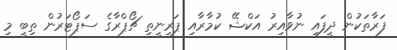
ފަރާތަކުން ދީފައި ނުވާއިރު އަކްޝޭ ކުމާރާއި ޕަރިނީތި ޗޯޕްރާގެ ސަޕޯޓަރުން ތިބީ މި